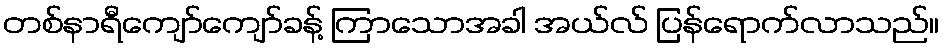
တစ်နာရီကျော်ကျော်ခန့် ကြာသောအခါ အယ်လ် ပြန်ရောက်လာသည်။